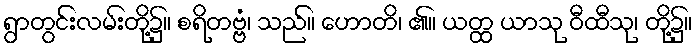
ရွာတွင်းလမ်းတို့၌။ စရိတဗ္ဗံ၊ သည်။ ဟောတိ၊ ၏။ ယတ္ထ ယာသု ဝီထီသု၊ တို့၌။